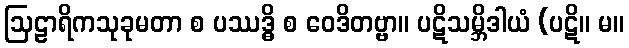
ဩဠာရိကသုခုမတာ စ ပဿဒ္ဓိ စ ဝေဒိတဗ္ဗာ။ ပဋိသမ္ဘိဒါယံ (ပဋိ။ မ။